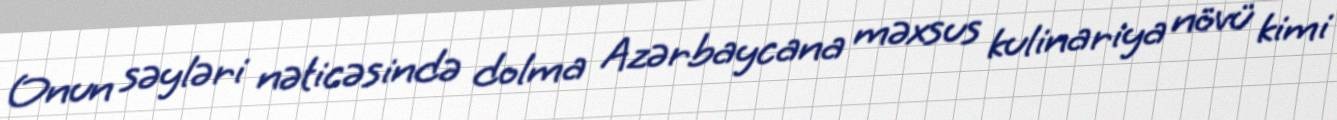
Onun səyləri nəticəsində dolma Azərbaycana məxsus kulinariya növü kimi